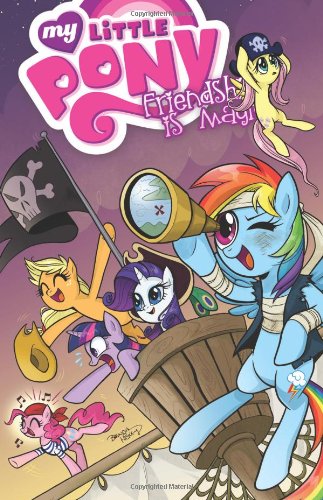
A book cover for My Little Pony: Friendship is Magic Volume 4; Heather Nuhfer; Children's Books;